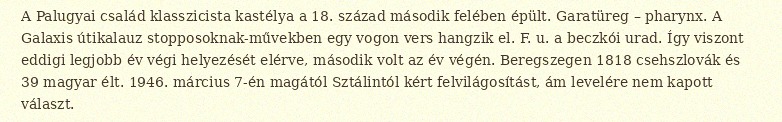
A Palugyai család klasszicista kastélya a 18. század második felében épült. Garatüreg – pharynx. A Galaxis útikalauz stopposoknak-művekben egy vogon vers hangzik el. F. u. a beczkói urad. Így viszont eddigi legjobb év végi helyezését elérve, második volt az év végén. Beregszegen 1818 csehszlovák és 39 magyar élt. 1946. március 7-én magától Sztálintól kért felvilágosítást, ám levelére nem kapott választ.